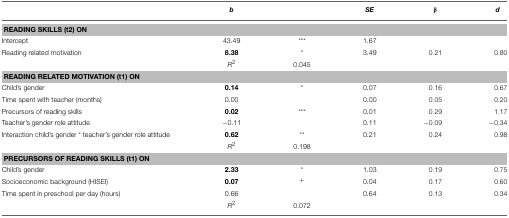
<table><thead><tr><td></td><td><b><i>b</i></b></td><td></td><td><b><i>SE</i></b></td><td><b>β</b></td><td><b>d</b></td></tr></thead><tbody><tr><td colspan="6"><b>READING SKILLS (t2) ON</b></td></tr><tr><td>Intercept</td><td>43.49</td><td><sup>***</sup></td><td>1.67</td><td></td><td></td></tr><tr><td>Reading related motivation</td><td><b>8.38</b></td><td><sup>*</sup></td><td>3.49</td><td>0.21</td><td>0.80</td></tr><tr><td></td><td><i>R</i><sup>2</sup></td><td>0.045</td><td></td><td></td><td></td></tr><tr><td colspan="6"><b>READING RELATED MOTIVATION (t1) ON</b></td></tr><tr><td>Child&#x27;s gender</td><td><b>0.14</b></td><td><sup>*</sup></td><td>0.07</td><td>0.16</td><td>0.67</td></tr><tr><td>Time spent with teacher (months)</td><td>0.00</td><td></td><td>0.00</td><td>0.05</td><td>0.20</td></tr><tr><td>Precursors of reading skills</td><td><b>0.02</b></td><td><sup>***</sup></td><td>0.01</td><td>0.29</td><td>1.17</td></tr><tr><td>Teacher&#x27;s gender role attitude</td><td>−0.11</td><td></td><td>0.11</td><td>−0.09</td><td>−0.34</td></tr><tr><td>Interaction child&#x27;s gender <sup>*</sup> teacher&#x27;s gender role attitude</td><td><b>0.62</b></td><td><sup>**</sup></td><td>0.21</td><td>0.24</td><td>0.98</td></tr><tr><td></td><td><i>R</i><sup>2</sup></td><td>0.198</td><td></td><td></td><td></td></tr><tr><td colspan="6"><b>PRECURSORS OF READING SKILLS (t1) ON</b></td></tr><tr><td>Child&#x27;s gender</td><td><b>2.33</b></td><td><sup>*</sup></td><td>1.03</td><td>0.19</td><td>0.75</td></tr><tr><td>Socioeconomic background (HISEI)</td><td><b>0.07</b></td><td><sup>+</sup></td><td>0.04</td><td>0.17</td><td>0.60</td></tr><tr><td>Time spent in preschool per day (hours)</td><td>0.66</td><td></td><td>0.64</td><td>0.13</td><td>0.34</td></tr><tr><td></td><td><i>R</i><sup>2</sup></td><td>0.072</td><td></td><td></td><td></td></tr></tbody></table>